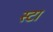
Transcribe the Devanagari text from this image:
स्टा